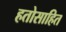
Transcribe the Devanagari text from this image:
हतोसाहित